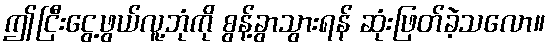
ဤငြီးငွေ့ဖွယ်လူ့ဘုံကို စွန့်ခွာသွားရန် ဆုံးဖြတ်ခဲ့သလော။